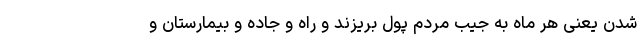
شدن یعنی هر ماه به جیب مردم پول بریزند و راه و جاده و بیمارستان و